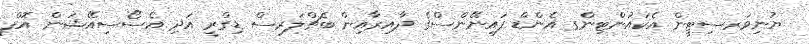
ޔުނިވަރސިޓީން އެކައުންޓިންގ އެންޑް ފައިނޭންސްގެ ދާއިރާއިން ބެޗްލަރސް ޑިގްރީ އަދި އެސޯސިއޭޝަން އޮފް